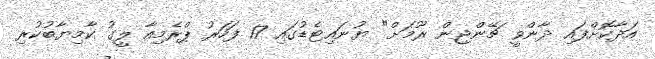
އަދާކޮށްފައި ދާންވީ ޗޭންޖިން ރޫމަށް" ޔުނައިޓެޑުގައި 17 ފަހަރު ޕްރެމިއާ ލީގު ކާމިޔާބުކުރި